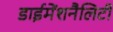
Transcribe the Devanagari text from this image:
डाईमेंशनैलिटी